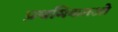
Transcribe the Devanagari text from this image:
प्रथमिकतओ